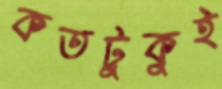
কতটুকুই